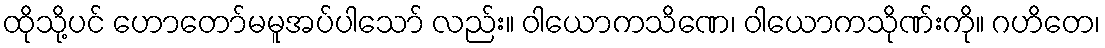
ထိုသို့ပင် ဟောတော်မမူအပ်ပါသော် လည်း။ ဝါယောကသိဏေ၊ ဝါယောကသိုဏ်းကို။ ဂဟိတေ၊